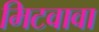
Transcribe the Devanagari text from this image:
मिटवावा